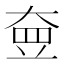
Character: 𡘵